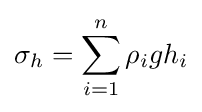
\sigma _{h}=\displaystyle \sum _{i=1}^{n}\rho _{i}gh_{i}